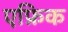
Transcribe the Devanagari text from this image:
एफ्रिक